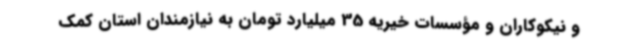
و نیکوکاران و مؤسسات خیریه 35 میلیارد تومان به نیازمندان استان کمک